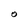
Character: O